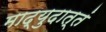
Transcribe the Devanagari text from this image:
माद्युदात्तं